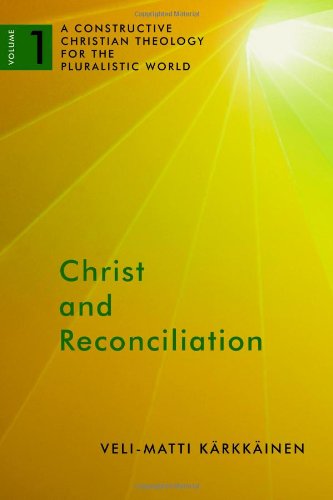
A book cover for Christ and Reconciliation: A Constructive Christian Theology for the Pluralistic World, vol. 1; Veli-Matti KÃ¤rkkÃ¤inen; Christian Books & Bibles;